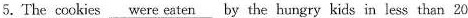
5.The cookies \underline{were eaten} by the hungry kids in less than 20